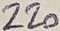
Text: 220